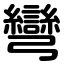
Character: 彎